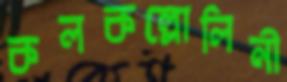
কলকল্লোলিনী